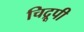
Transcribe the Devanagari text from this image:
चिद्रूपी